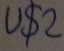
Text: u$2